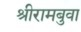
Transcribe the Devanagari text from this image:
श्रीरामबुवा